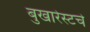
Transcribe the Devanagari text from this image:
बुखारेस्टचे